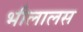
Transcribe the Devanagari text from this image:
भीलालस